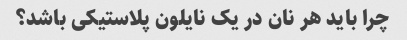
چرا باید هر نان در یک نایلون پلاستیکی باشد؟